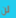
لن